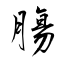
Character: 膓